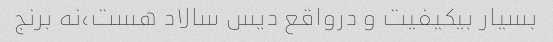
بسیار بیکیفیت و درواقع دیس سالاد هست،نه برنج